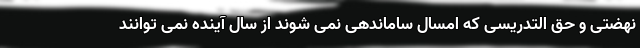
نهضتی و حق التدریسی که امسال ساماندهی نمی شوند از سال آینده نمی توانند